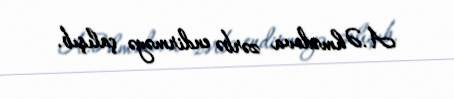
A.Əhmədova zərbə endirməyə çalışıb.